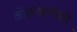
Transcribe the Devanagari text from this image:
ओळखणीशी